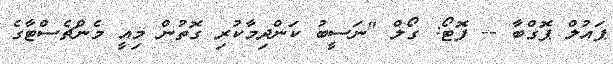
ޕައުލް ޕޮގްބާ -- ފޮޓޯ: ގޯލް "ނަސީބު ކަންދިމާކުރި ގޮތުން މިއީ މެންޗެސްޓާގެ